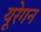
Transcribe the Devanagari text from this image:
यूरेगन